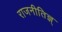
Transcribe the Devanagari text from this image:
राजनीतिज्ञ्